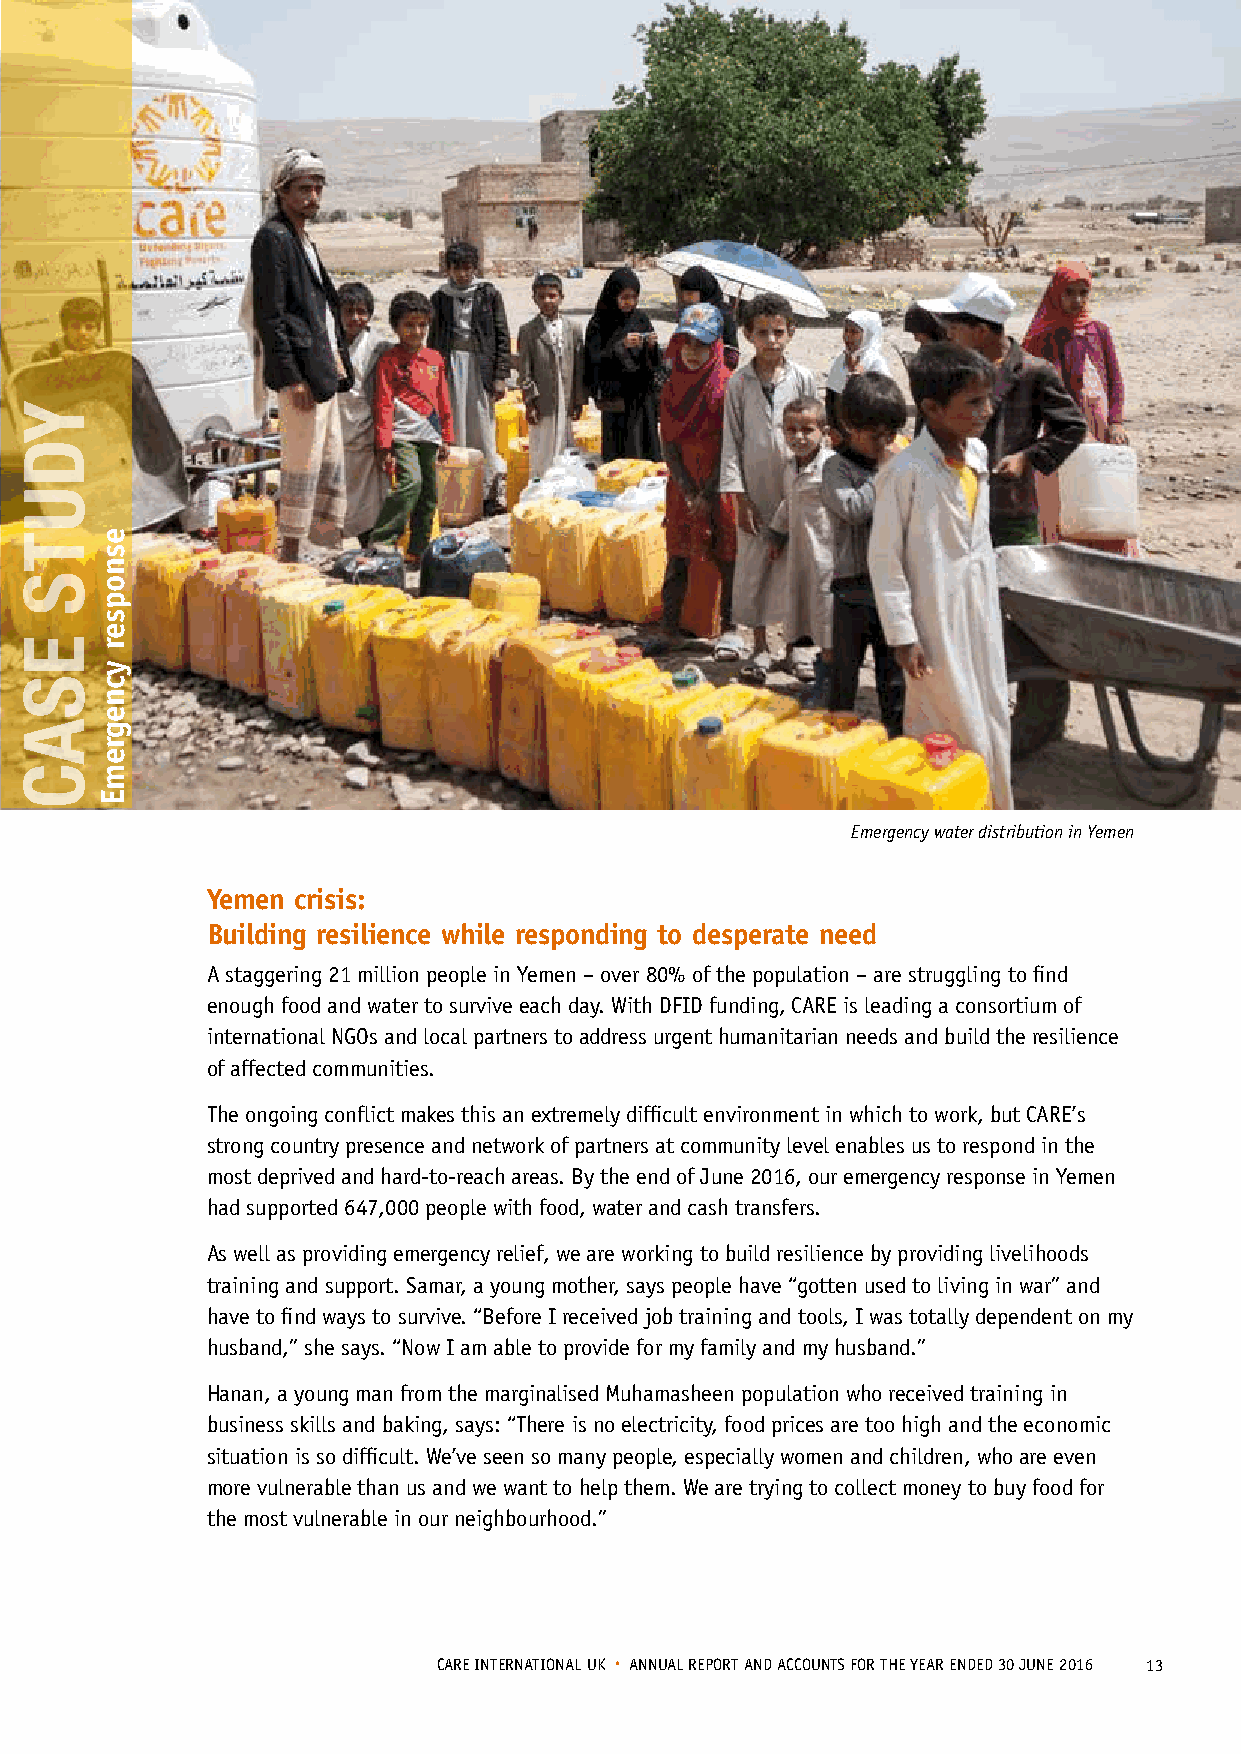
Emergency water distribution in Yemen
 Yemen crisis:
 Building resilience while responding to desperate need
 A staggering 21 million people in Yemen – over 80% of the population – are struggling to find
 enough food and water to survive each day. With DFID funding, CARE is leading a consortium of
 international NGOs and local partners to address urgent humanitarian needs and build the resilience
 of affected communities.
 The ongoing conflict makes this an extremely difficult environment in which to work, but CARE’s
 strong country presence and network of partners at community level enables us to respond in the
 most deprived and hard-to-reach areas. By the end of June 2016, our emergency response in Yemen
 had supported 647,000 people with food, water and cash transfers.
 As well as providing emergency relief, we are working to build resilience by providing livelihoods
 training and support. Samar, a young mother, says people have “gotten used to living in war” and
 have to find ways to survive. “Before I received job training and tools, I was totally dependent on my
 husband,” she says. “Now I am able to provide for my family and my husband.”
 Hanan, a young man from the marginalised Muhamasheen population who received training in
 business skills and baking, says: “There is no electricity, food prices are too high and the economic
 situation is so difficult. We’ve seen so many people, especially women and children, who are even
 more vulnerable than us and we want to help them. We are trying to collect money to buy food for
 the most vulnerable in our neighbourhood.”
 CARE INTERNATIONAL UK • ANNUAL REPORT AND ACCOUNTS FOR THE YEAR ENDED 30 JUNE 2016 13
 YDUTS
 ESAC
 esnopser
 ycnegremE